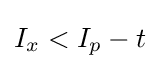
I_{x}<I_{p}-t